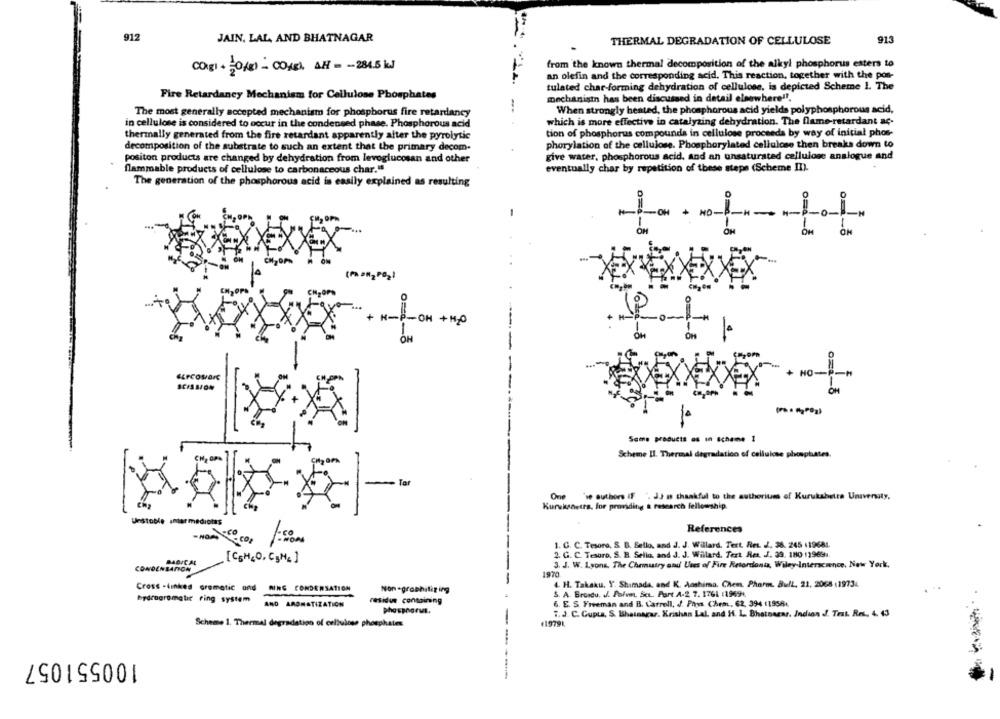
912
JAIN, LAL AND BHATNAGAR
THERMAL DEGRADATION OF CELLULOSE
915
from the known thermal decomposition of the alkyl phosphorus esters to
Cogi + =0/81 - 0OxEl. AH - - 284.5 kJ
an olefin and the corresponding acid. This reaction, together with the pon-
tulated char-forming dehydration of cellulose, is depicted Scheme 1. The
Fire Retardancy Mechanism for Cellulose Phosphates
mechanistn has been discussed in detail elsewhere!".
The most generally accepted mechanism for phosphorus fire retardancy
When strongly heated, the phosphorous acid yields polyphosphorous acid,
which is more effective in catalyzing dehydration. The flame-retardant ac-
in cellulose is considered to occur in the condensed phase. Phosphorous acid
thermally generated from the fire retardant apparently alter the pyrolytic
tion of phosphorus compounds in cellulose proceeds by way of initial phos-
decomposition of the substrate to such an extent that the primary decom.
phorylation of the cellulose. Phosphorylated cellulose then breaks down to
positon products are changed by dehydration from levoglucosan and other
give water, phosphorous acid, and an unsaturated cellulose analogue and
flammable products of cellulose to carbonaceous char."
eventually char by repetition of these steps (Scheme II).
The generation of the phosphorous acid is easily explained as resulting
-
0=4-
H-P-OH + H20
+
HO-
SCISSION
10
Some products of in schame I
Scheme Il. Thermal degradation of cellulose phosphates.
CH, OPN
Tar
One 've authors (F '. J.J m thankful to the authoriues of Kurukshetta University,
Kurukanetrs, for providing a research fellowship.
Unstoble intermediotes
References
- NOM 6.002
1. C. C. Tesoro, S. B. Sello, and J. J. Willard. Tert. Res. J. 38. 245 +19681.
2. G. C. Tesoro, S. B. Selia, and J. J. Willard. Tert Res. J. 39. 180 11969 ..
MAGICAL
3. J. W. Lyons, The Chemistry and Uses of Fire Retordonix, Wiley-Interscience, New York,
CONDENSATION
1970
-
4. H. Takaku, Y. Shamada, and K. Aoshima, Chen. Pharm. Bull, 21, 2068 :19734
Cross -linkes cremetic and RING CONDENSATION
Non-graphitiging
S. A. Brondtu. J. Pofon, SeL. Part A-2 7. 1761 (1969.
Pracuaromatic ring system
AND AROMATIZATION
residue containing
6. E. S. Freeman and B. Carroll, J. Phys Chem, 62, 394 +1958 ..
phosphorus.
7. J. C. Gupta, S. Bhainarar. Krishan Lal, and H. L. Bhatnaras, Incion S. Text. Res. 4. 43
Scheme 1. Thermal degradation of cellulose phosphates
(1979%
100551057